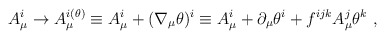
\begin{align*}A_{\mu}^i \rightarrow A_{\mu}^{i (\theta)} \equiv A_{\mu}^i +(\nabla_{\mu}\theta)^i\equiv A_{\mu}^i + \partial_{\mu} \theta^i + f^{ijk} A_{\mu}^j \theta^k\ ,\end{align*}